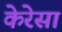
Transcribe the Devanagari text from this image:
केरेसा